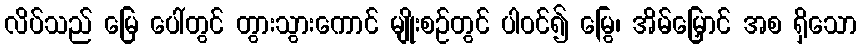
လိပ်သည် မြေ ပေါ်တွင် တွားသွားကောင် မျိုးစဉ်တွင် ပါဝင်၍ မြွေ၊ အိမ်မြှောင် အစ ရှိသော